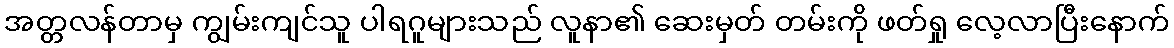
အတ္တလန်တာမှ ကျွမ်းကျင်သူ ပါရဂူများသည် လူနာ၏ ဆေးမှတ် တမ်းကို ဖတ်ရှု လေ့လာပြီးနောက်